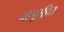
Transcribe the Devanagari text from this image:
बाजूरहित